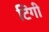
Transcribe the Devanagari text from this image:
टिंगी